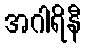
အဂါရိနီ